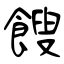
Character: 餿